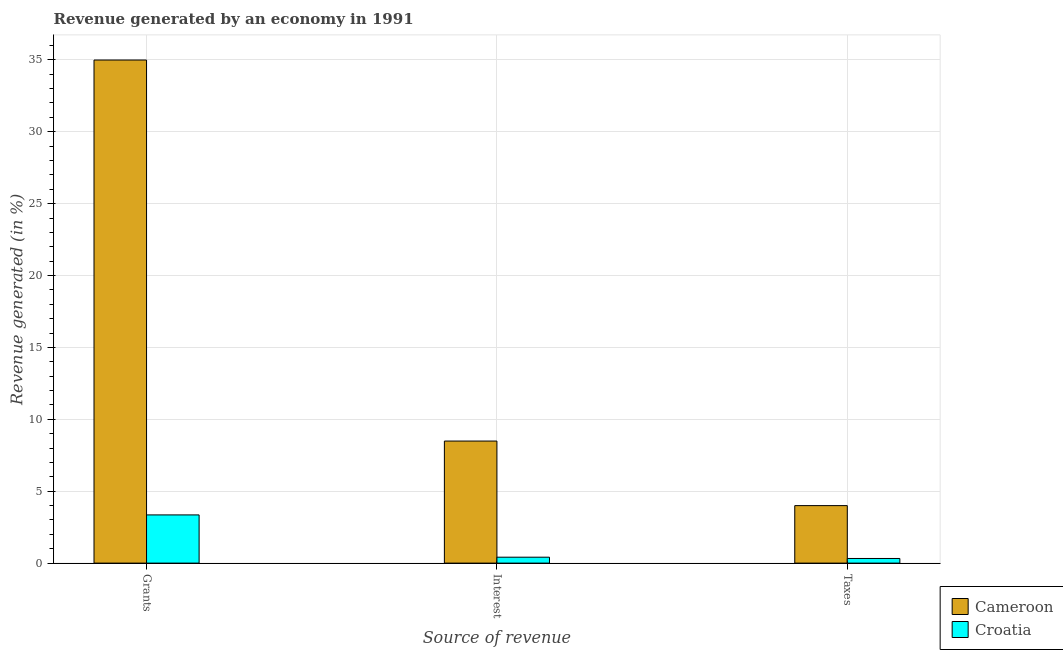
| Source of revenue | Cameroon | Croatia |
 | --- | --- | --- |
 | Grants | 35 | 3.35 |
 | Interest | 8.49 | 0.412 |
 | Taxes | 4 | 0.323 |